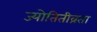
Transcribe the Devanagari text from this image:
ज्योतितीव्रता